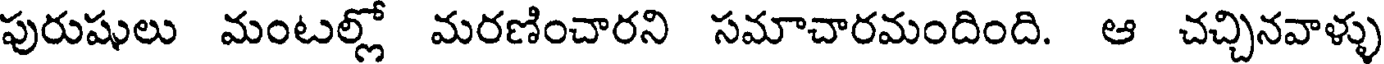
పురుషులు మంటల్లో మరణించారని సమాచారమందింది. ఆ చచ్చినవాళ్ళు